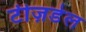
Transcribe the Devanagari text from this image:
टीज़डेल